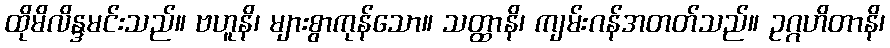
ထိုမိလိန္ဒမင်းသည်။ ဗဟူနိ၊ များစွာကုန်သော။ သတ္ထာနိ၊ ကျမ်းဂန်အတတ်သည်။ ဥဂ္ဂဟိတာနိ၊